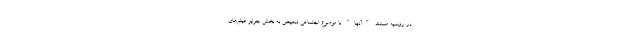
در روسیه مستند "آنها" با موضوع اجتماعیِ تبعیض به بخشِ جوایزِ فیلم‌های